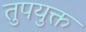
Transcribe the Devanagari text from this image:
तुपयुक्त